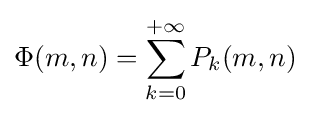
\Phi (m,n)=\sum _{k=0}^{+\infty }P_{k}(m,n)